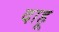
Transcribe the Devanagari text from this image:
दाहू